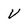
Character: v